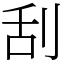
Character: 刮